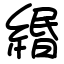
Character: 緡